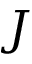
J